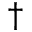
^ \dagger